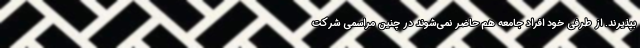
بپذیرند. از طرفی خود افراد جامعه هم حاضر نمی‌شوند در چنین مراسمی شرکت